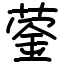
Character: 蓥